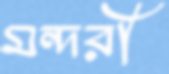
মন্দরী